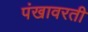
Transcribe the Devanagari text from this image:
पंखावरती